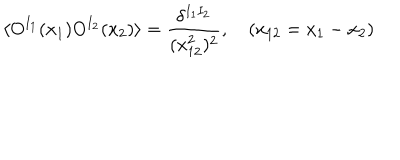
LaTeX: \langle O ^ { I _ { 1 } } ( x _ { 1 } ) O ^ { I _ { 2 } } ( x _ { 2 } ) \rangle = \frac { \delta ^ { I _ { 1 } I _ { 2 } } } { ( x _ { 1 2 } ^ { 2 } ) ^ { 2 } } , \quad ( x _ { 1 2 } = x _ { 1 } - x _ { 2 } )